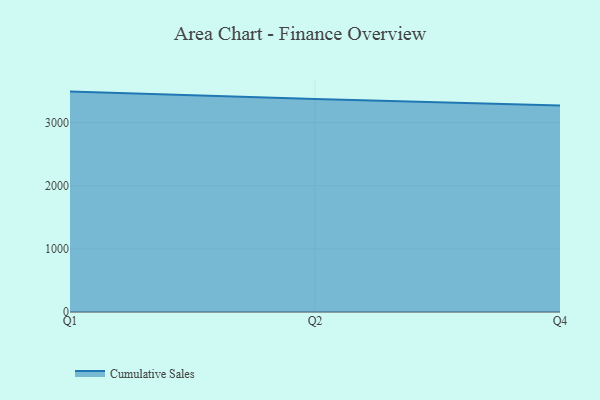
{"axis": {"x": "Quarter", "y": "Satisfaction Score"}, "legend": ["Cumulative Sales"], "data": [{"x": "Q1", "y": 3488.8, "type": "Cumulative Sales"}, {"x": "Q2", "y": 3372.9, "type": "Cumulative Sales"}, {"x": "Q4", "y": 3270.5, "type": "Cumulative Sales"}]}